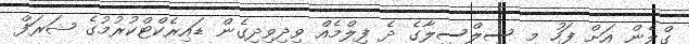
ގްލެން އަށް ފަހު މި ސިލްސިލާގެ ދެ ފިލްމެއް ވިދިވިދިގެން ޑައިރެކްޓްކުރުމުގެ ޝަރަފް